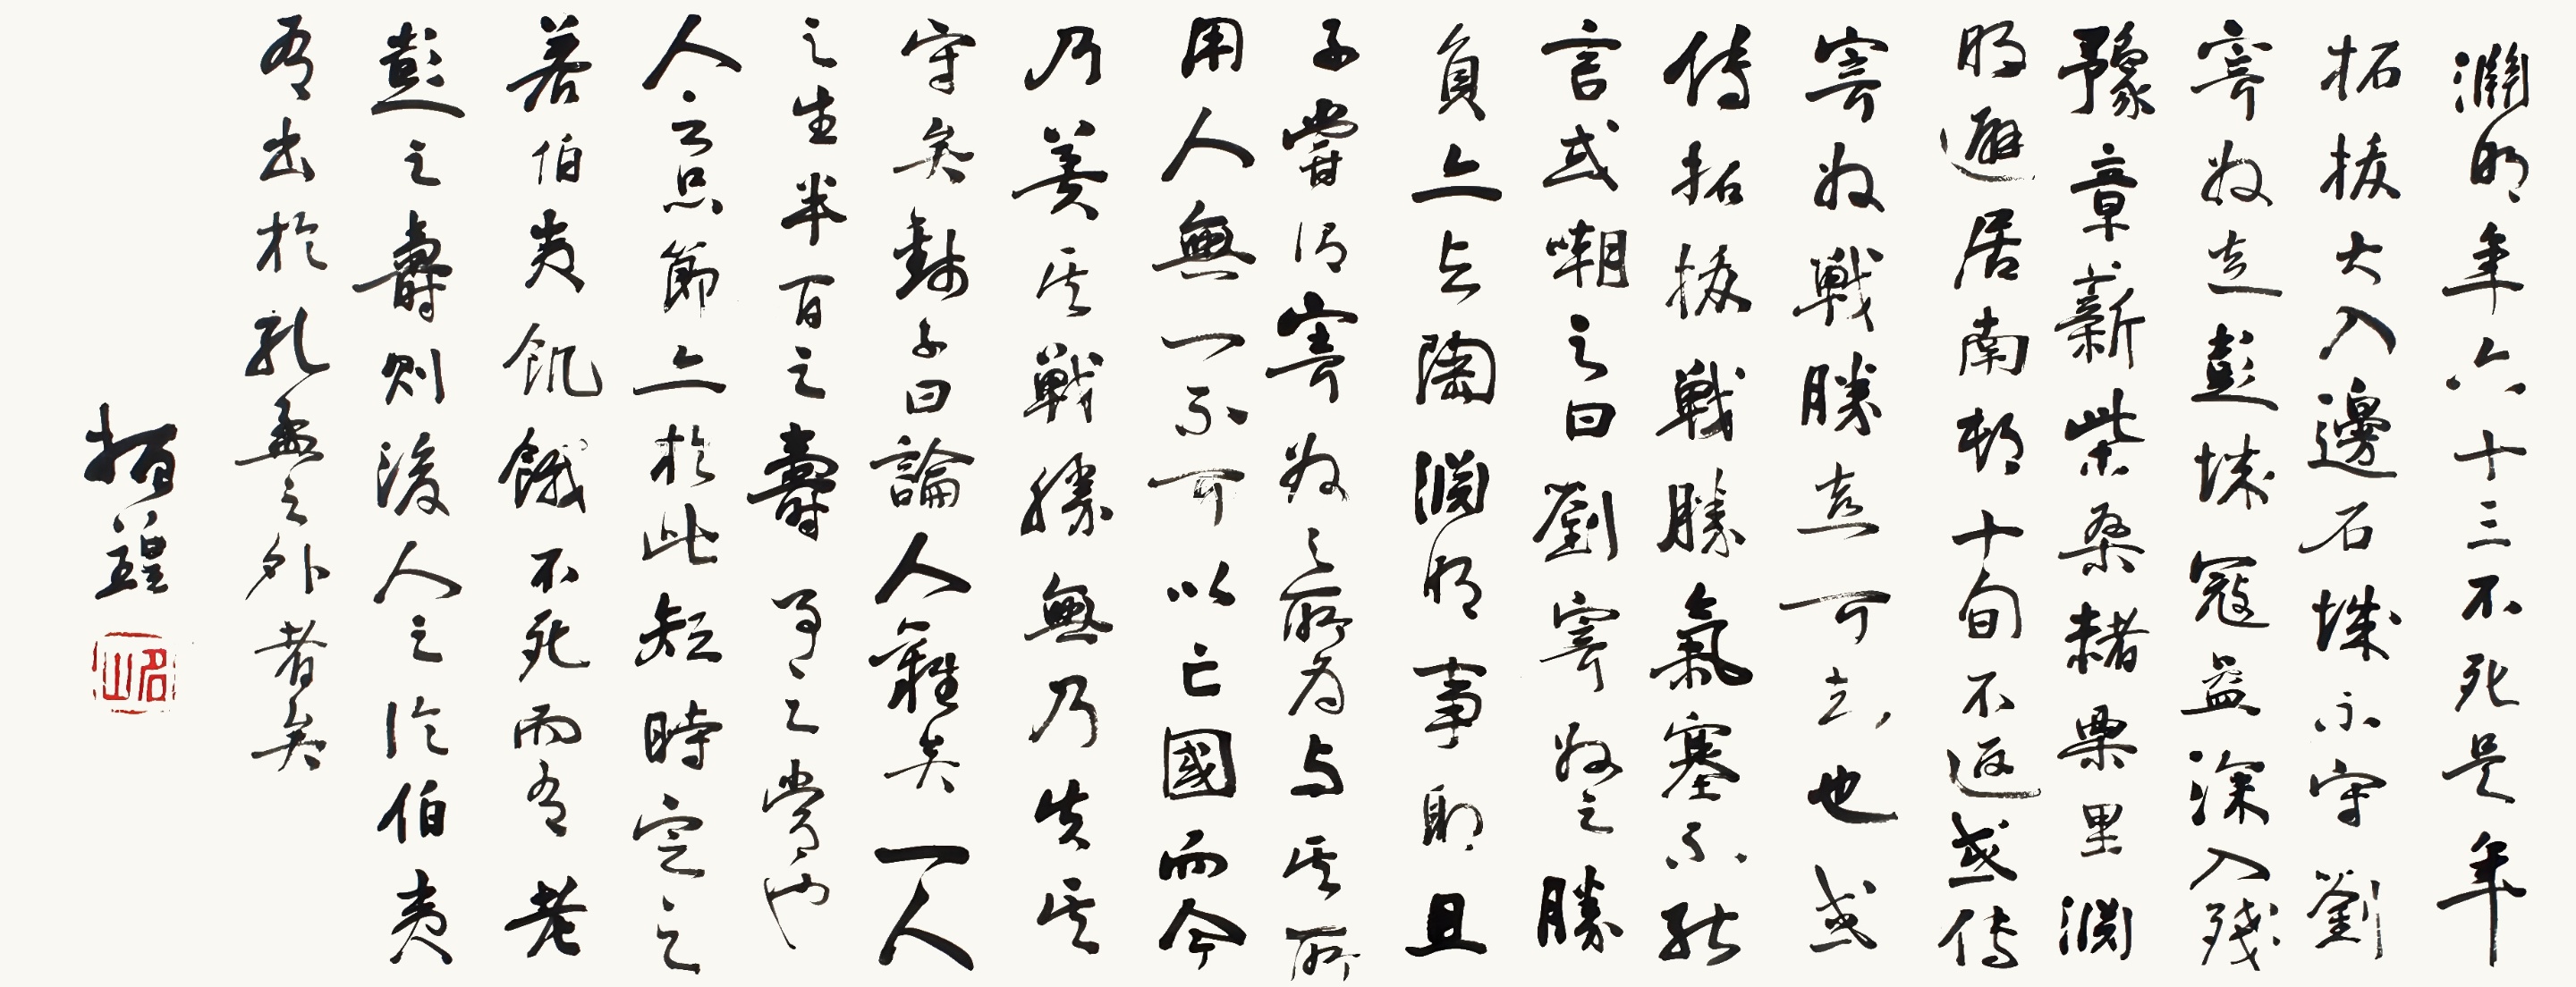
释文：渊明，年六十三，不死。是年拓拔大人入边，石城不守，刘寄奴走彭城，冠益深入残豫，章薪紫，桑楮栗里。渊明避居南村，十旬不返。或传寄奴战胜还可知也。或传拓跋战胜，气塞不声言，或嘲之曰刘寄奴之胜，负上以陶渊明事取。且子尝谓：寄奴之所为与其所用人无一不可以亡国。而今乃羡其战胜无乃先生其守矣。对子曰：论人难矣。一人之生半百之寿，有之赏也。人之足节亦扵此，短时定之。羡伯夷饥饿不死，而有老彭之寿，则后人之论伯夷有出扵孔孟之外者矣。振锽。